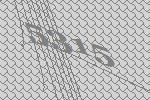
5315